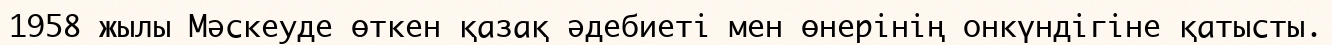
1958 жылы Мәскеуде өткен қазақ әдебиеті мен өнерінің онкүндігіне қатысты.